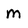
Character: M